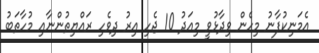
އެމަނިކުފާނު މިހެން ވިދާޅުވީ މިއަދު 10 ޖެހި އިރު ދިވެހި ރައްޔިތުންނާއި މުހާތަބު